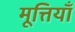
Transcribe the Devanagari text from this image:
मूत्तियाँ